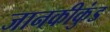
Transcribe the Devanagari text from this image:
जानकीकुंड